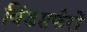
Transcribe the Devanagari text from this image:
विंडसर्फरों